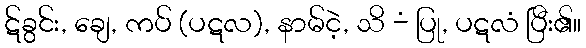
ဋ်ခွင်း, ချေ, ကပ် (ပဋလ), နာမ်ငဲ့, သိ -ံ ပြု, ပဋလံ ပြီး၏။